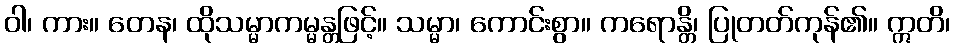
ဝါ၊ ကား။ တေန၊ ထိုသမ္မာကမ္မန္တဖြင့်။ သမ္မာ၊ ကောင်းစွာ။ ကရောန္တိ၊ ပြုတတ်ကုန်၏။ ဣတိ၊